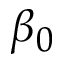
\beta _ { 0 }